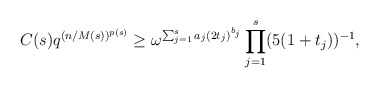
\begin{align*}C(s) q^{(n/M(s))^{p(s)}}\ge \omega^{\sum_{j=1}^s a_j (2t_j)^{b_j}}\prod_{j=1}^s (5(1+ t_j))^{-1},\end{align*}